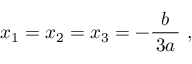
x _ { 1 } = x _ { 2 } = x _ { 3 } = - { \frac { b } { \, 3 a \, } } ~ ,